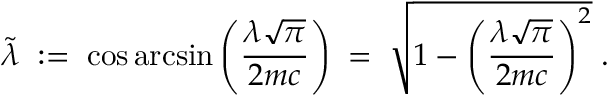
\tilde { \lambda } \; : = \; \cos \arcsin \left( \frac { \lambda \sqrt { \pi } } { 2 m c } \right) \; = \; \sqrt { 1 - \left( \frac { \lambda \sqrt { \pi } } { 2 m c } \right) ^ { 2 } } \; .